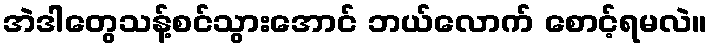
အဲဒါတွေသန့်စင်သွားအောင် ဘယ်လောက် စောင့်ရမလဲ။